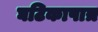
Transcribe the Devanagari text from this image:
घटिकापात्र